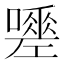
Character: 𭋿